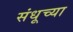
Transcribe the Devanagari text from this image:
संधूच्या